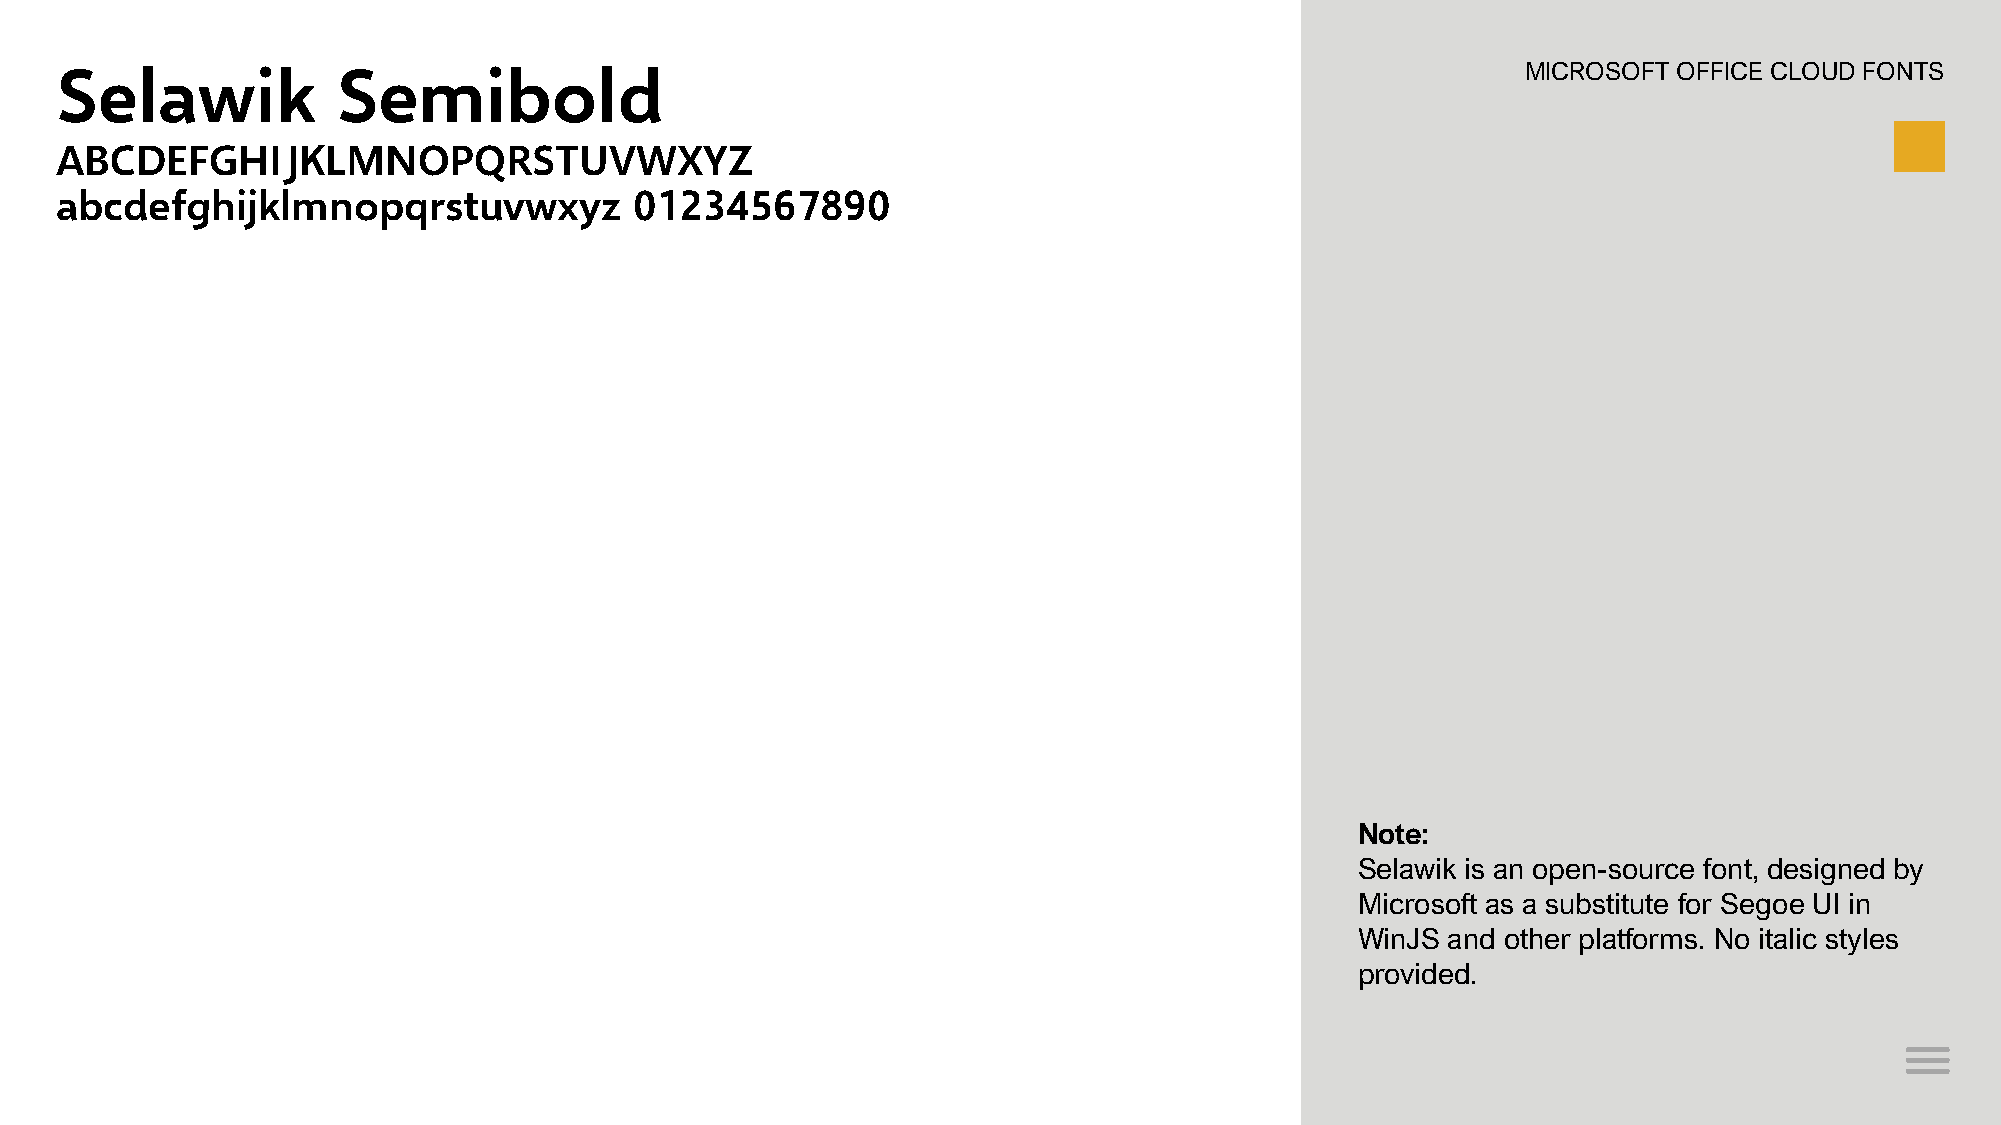
Selawik           Semibold                                                                       MICROSOFT OFFICE CLOUD FONTS
 ABCDEFGHIJKLMNOPQRSTUVWXYZ
 abcdefghijklmnopqrstuvwxyz            01234567890
 Note:
 Selawik is an open-source font, designed by
 Microsoft as a substitute for Segoe UI in
 WinJS and other platforms. No italic styles
 provided.